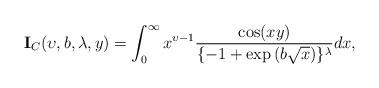
LaTeX: \begin{align*}\textbf{I}_{C}(\upsilon,b,\lambda,y)=\int_{0}^{\infty}x^{\upsilon-1}\frac{\cos(xy)}{\{-1+\exp{(b\sqrt{x})}\}^{\lambda}}dx,~~~~~~~~~~~~~~~~~~~~~~~~~~~~~~~~~~~~~~~~~~~~~~~~~~~~~~~~~\end{align*}